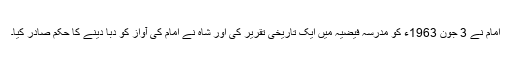
امام نے 3 جون 1963ء کو مدرسہ فیضیہ میں ایک تاریخی تقریر کی اور شاہ نے امام کی آواز کو دبا دینے کا حکم صادر کیا۔